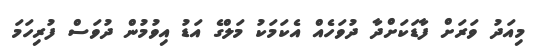
މިއަދު ވަރަށް ފާޑަކަށްދާ ދުވަހެއް އެކަމަކު މަލްގެ އަޑު އިވުމުން ދުވަސް ފުރިހަމަ